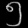
Digit: ၅